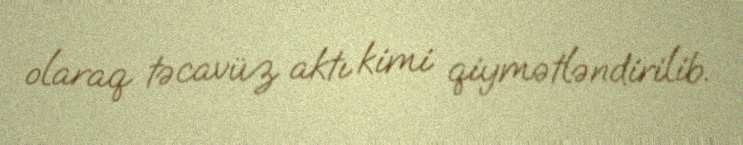
olaraq təcavüz aktı kimi qiymətləndirilib.